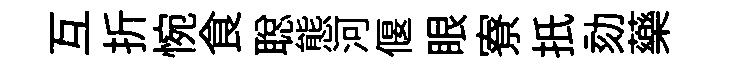
互折惋食聪態河偃眼寮扺劾藥